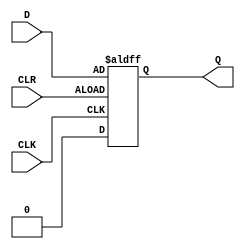
module d_latch_flip_flop (
    input D,
    input CLK,
    input CLR,
    output reg Q
);

always @(posedge CLK or negedge CLR) begin
    if (CLR) begin
        Q <= 1'b0; // Reset output to known state
    end else begin
        Q <= D; // Update output with input data when clock signal is high
    end
end

endmodule